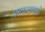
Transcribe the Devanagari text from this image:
परतल्यावरही